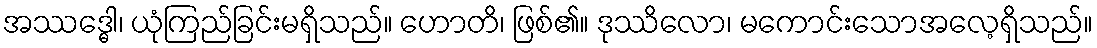
အဿဒ္ဓေါ၊ ယုံကြည်ခြင်းမရှိသည်။ ဟောတိ၊ ဖြစ်၏။ ဒုဿိလော၊ မကောင်းသောအလေ့ရှိသည်။